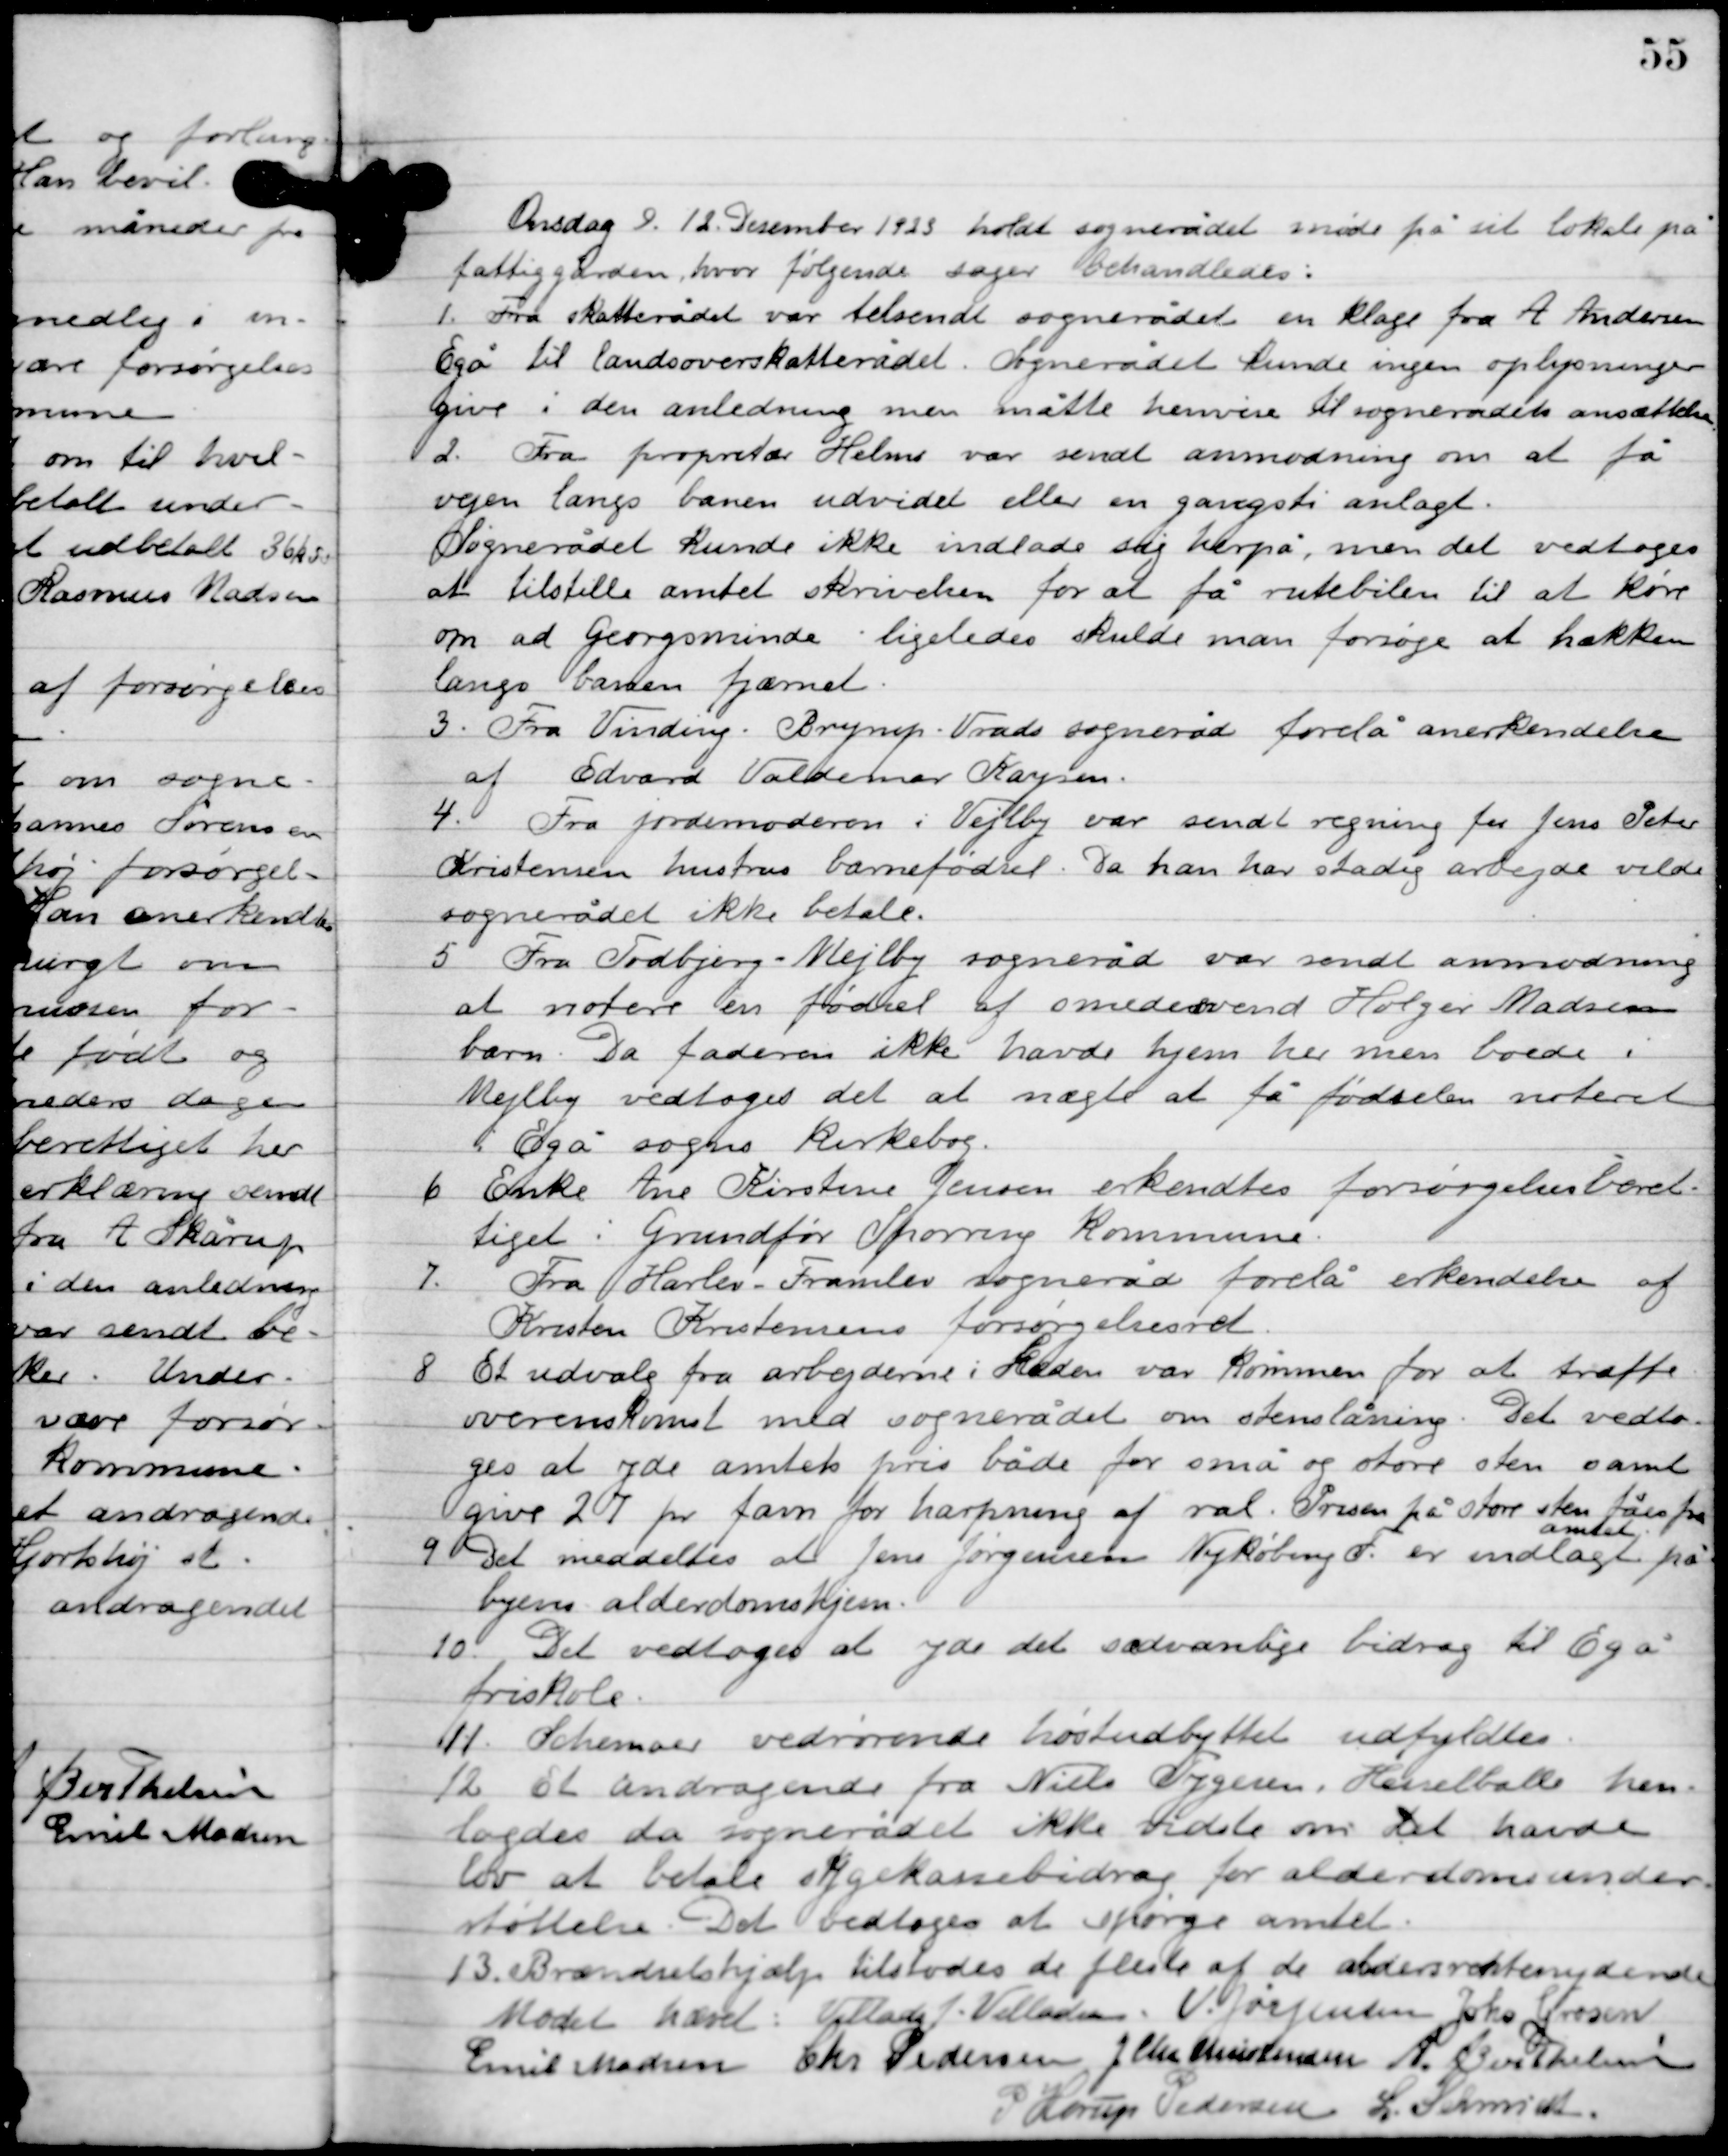
Transskription:
Onsdag D. 12. December 1923 holdt sognerådet møde på sit lokale på
fattiggården, hvor følgende sager behandledes.

1

Fra skatterådet var tilsendt sognerådet en klage fra A. Andersen
Egå til landsoverskatterådet. Sognerådet kunde ingen oplysninger
give i den anledning men måtte henvise til sognerådets ansættelse.

2

Fra proprietær Helms var sendt anmodning om at få
vejen langs banen udvidet eller en gangsti anlagt.
Sognerådet kunde ikke indlade sig herpå, men det vedtoges
at tilstille amtet skrivelsen for at få rutebilen til at køre
om ad Georgsminde ligeledes skulde man forsøge at hækken
langs banen fjærnet.

3

Fra Vinding-Bryrup-Vrads sogneråd forelå anerkendelse
af Edvard Valdemar Kaysen.

4

Fra jordemoderren i Vejlby var sendt regnen for jens Peter
Kristensen hustrus barnefødsel. Da han har stadig arbejde vilde
sognerådet ikke betale.

5

Fra Todbjergs-Mejlby sogneråd var sendt anmodning
at notere en fødsel af smedesvend Holger Madsens
barn. Da faderen ikke have hjem her men boede i
Mejlby vedtoges det at nægte at få fødselen noteret
i Egå sogns kirkebog.

6

Enke Ane Kirstine Jensen erkendtes forsørgelsesberet-
tiget i Grundfør Spørring kommune.

7

Fra Harlev – Fremlev sogneråd forelå erkendelse af
Kristen Kristensens forsørgelsesret.

8

Et udvalg fra arbejderne i Skader var kommen for at træffe
overenskomst med sognerådet om stenslåning. Det vedto-
ges at yde amtets pris både for små og store sten samt
give 27 pr. favn for harpning af val. Prisen på store sten fås fra
amtet.

9

Det meddeltes at jens Jørgensen Nykøbing F. er indlagt på
byens alderdomshjem.

10

Det vedtoges at yde det sædvanlige bidrag til Egå
friskole.

11

Schemaer vedrørende høstudbyttet udfyldtes.

12

Et andragende fra Niels Thygesen, Hesselballe hen-
lagdes da sognerådet ikke vidste om det have
lov at betale sygekassebidrag for alderdomsunder-
støttelse. Det vedtoges at spørge amtet.

13

Brændselshjælp tilstodes de fleste af de aldersrenteydende.

Mødet hævet

Villads J. Villadsen
V. Jørgensen
Johs. Grosen
Emil Madsen
Chr. Pedersen
 J. Chr. Christensen
A. Berthelsen
P. Horup Pedersen
L. Schmidt